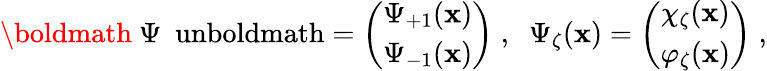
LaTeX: \mathrm{\boldmath~\Psi~\ unboldmath}=\left(\begin{array}{c}{{\Psi_{+1}({\mathbf x})}}\\ {{\Psi_{-1}({\mathbf x})}}\end{array}\right)\; ,\; \; \Psi_{\zeta}({\mathbf x})=\left(\begin{array}{c}{{\chi_{\zeta}({\mathbf x})}}\\ {{\varphi_{\zeta}({\mathbf x})}}\end{array}\right)\; ,